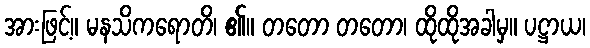
အားဖြင့်။ မနသိကရောတိ၊ ၏။ တတော တတော၊ ထိုထိုအခါမှ။ ပဋ္ဌာယ၊